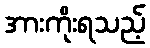
အားကိုးရသည့်